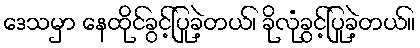
ဒေသမှာ နေထိုင်ခွင့်ပြုခဲ့တယ်၊ ခိုလုံခွင့်ပြုခဲ့တယ်။